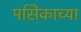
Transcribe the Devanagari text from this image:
मसिकाच्या